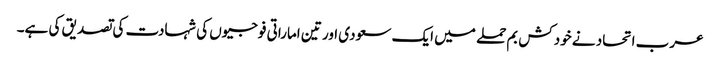
عرب اتحاد نے خودکش بم حملے میں ایک سعودی اور تین اماراتی فوجیوں کی شہادت کی تصدیق کی ہے۔